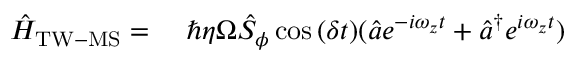
\begin{array} { r l } { \hat { H } _ { \mathrm { T W - M S } } = \ } & { { } \hbar \eta \Omega \hat { S } _ { \phi } \cos { ( \delta t ) } ( \hat { a } e ^ { - i \omega _ { z } t } + \hat { a } ^ { \dagger } e ^ { i \omega _ { z } t } ) } \end{array}